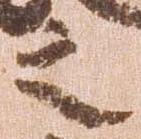
之